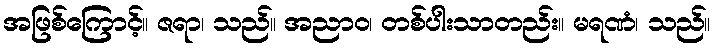
အဖြစ်ကြောင့်။ ဇရာ၊ သည်။ အညာဝ၊ တစ်ပါးသာတည်း။ မရဏံ၊ သည်။